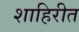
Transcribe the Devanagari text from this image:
शाहिरीत